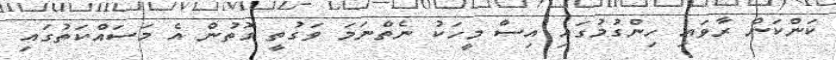
ކަންކަން ރާވައި ހިންގުމުގައި އިސް މީހަކު ނެތްނަމަ ވަގުތީ ގޮތުން އެ މަސައްކަތުގައި